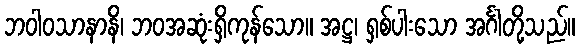
ဘဝါဝသာနာနိ၊ ဘဝအဆုံးရှိကုန်သော။ အဋ္ဌ၊ ရှစ်ပါးသော အင်္ဂါတို့သည်။